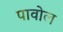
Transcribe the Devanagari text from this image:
पावोल